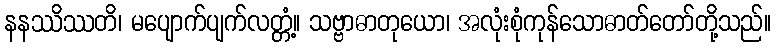
နနဿိဿတိ၊ မပျောက်ပျက်လတ္တံ့။ သဗ္ဗာဓာတုယော၊ အလုံးစုံကုန်သောဓာတ်တော်တို့သည်။